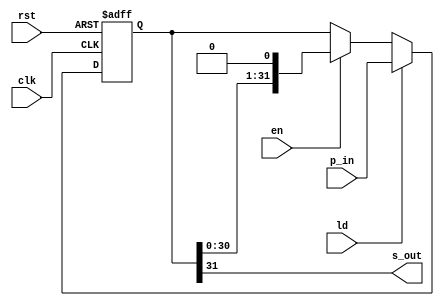
module iob_piso_reg_are
  #(
    parameter DATA_W = 32
    )
   (

    input                   clk,
    input                   rst,
    input                   ld,
    input                   en,

    //parallel input
    input [DATA_W-1:0]      p_in,

    //serial output
    output s_out
    );

   reg [DATA_W-1:0]  data_reg;
   
   always @(posedge clk, posedge rst)
     if(rst)
       data_reg <= 1'b0;
     else if (ld)
       data_reg <= p_in;
     else if (en)
       data_reg <= data_reg <<1;

   assign s_out = data_reg[DATA_W-1];
   
endmodule